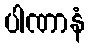
ပါဏာနံ